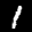
Digit: 1